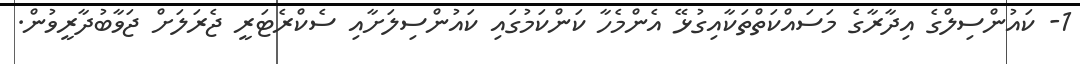
1- ކައުންސިލްގެ އިދާރާގެ މަސައްކަތްތަކާއިގުޅޭ އެންމެހާ ކަންކަމުގައި ކައުންސިލަށާއި ސެކްރެޓަރީ ޖެރަލަށް ޖަވާބުދާރީވުން.